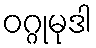
ဝဂ္ဂုမုဒါ